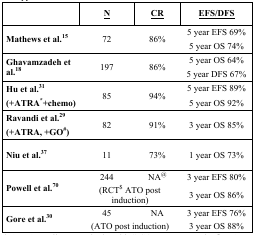
<table><thead><tr><td>[EMPTY_CELL]</td><td><b><underline>N</underline></b></td><td><b><underline>CR</underline></b></td><td><b><underline>EFS/DFS</underline></b></td></tr></thead><tbody><tr><td><b>Mathews et al.</b>15</td><td>72</td><td>86%</td><td>5 year EFS 69%5 year OS 74%</td></tr><tr><td><b>Ghavamzadeh et al.</b>18</td><td>197</td><td>86%</td><td>5 year OS 64%5 year DFS 67%</td></tr><tr><td><b>Hu et al.</b>31<b>(+ATRA</b>*<b>+chemo)</b></td><td>85</td><td>94%</td><td>5 year EFS 89%5 year OS 92%</td></tr><tr><td><b>Ravandi et al.</b>29<b>(+ATRA, +GO</b>#<b>)</b></td><td>82</td><td>91%</td><td>3 year OS 85%</td></tr><tr><td><b>Niu et al.</b>37</td><td>11</td><td>73%</td><td>1 year OS 73%</td></tr><tr><td rowspan="2"><b>Powell et al.</b>70</td><td>244</td><td>NA@</td><td>3 year EFS 80%</td></tr><tr><td colspan="2">(RCT$ ATO post induction)</td><td>3 year OS 86%</td></tr><tr><td rowspan="2"><b>Gore et al.</b>30</td><td>45</td><td>NA</td><td>3 year EFS 76%</td></tr><tr><td colspan="2">(ATO post induction)</td><td>3 year OS 88%</td></tr></tbody></table>